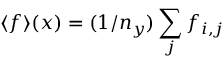
\langle f \rangle ( x ) = ( 1 / n _ { y } ) \sum _ { j } f _ { i , j }